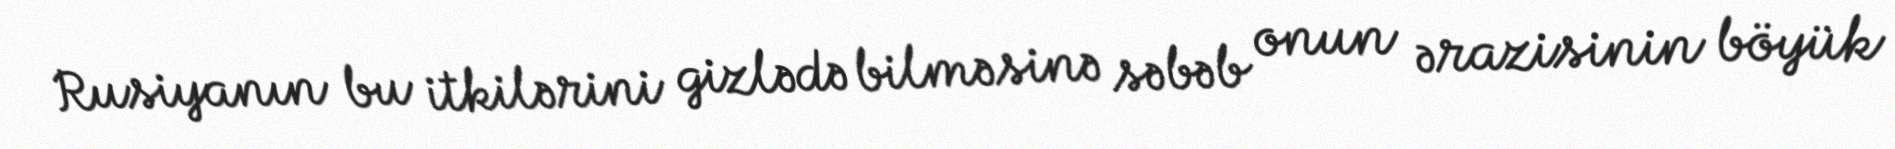
Rusiyanın bu itkilərini gizlədə bilməsinə səbəb onun ərazisinin böyük